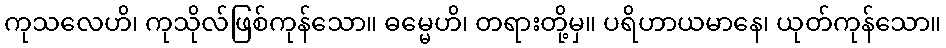
ကုသလေဟိ၊ ကုသိုလ်ဖြစ်ကုန်သော။ ဓမ္မေဟိ၊ တရားတို့မှ။ ပရိဟာယမာနေ၊ ယုတ်ကုန်သော။